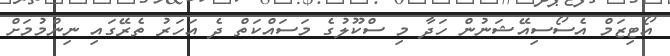
އޯޓިޒަމް އެސޯސިއޭޝަނުން ހަދާ މި ސްކޫލުގެ މަސައްކަތް ދެ އަހަރު ތެރޭގައި ނިންމުމަށް